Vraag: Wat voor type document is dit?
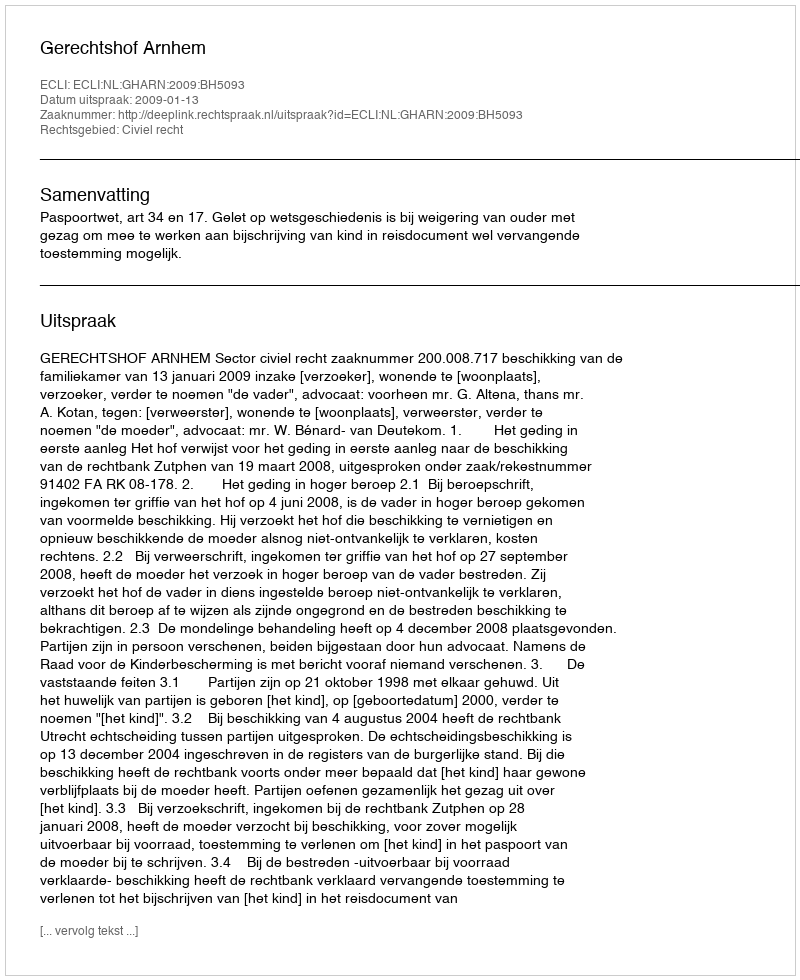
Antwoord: Uitspraak